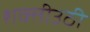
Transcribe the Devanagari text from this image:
शक्तीउठी